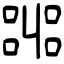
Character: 嘂